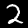
Digit: 2